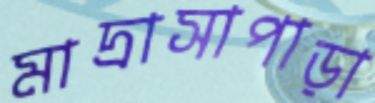
মাদ্রাসাপাড়া